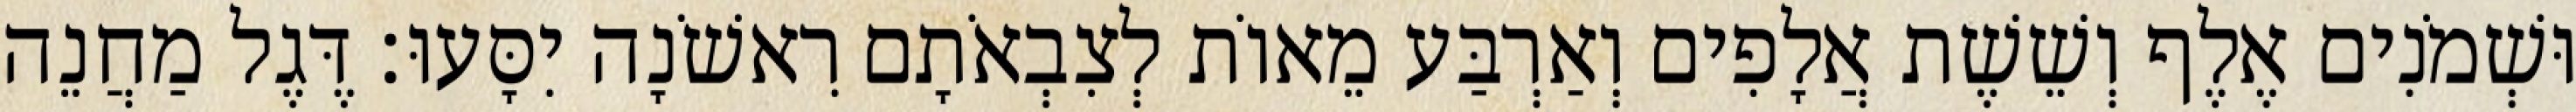
וּשְׁמֹנִים אֶלֶף וְשֵׁשֶׁת אֲלָפִים וְאַרְבַּע מֵאוֹת לְצִבְאֹתָם רִאשֹׁנָה יִסָּעוּ׃ דֶּגֶל מַחֲנֵה